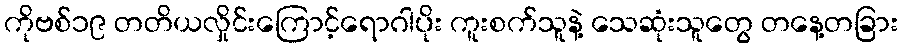
ကိုဗစ်၁၉ တတိယလှိုင်းကြောင့်ရောဂါပိုး ကူးစက်သူနဲ့ သေဆုံးသူတွေ တနေ့တခြား